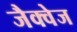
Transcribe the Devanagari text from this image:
जैक्वेज